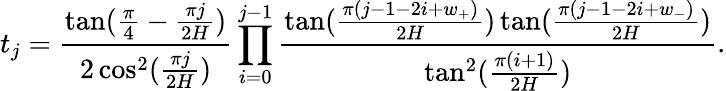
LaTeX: t_{j}=\frac{\tan(\frac{\pi}{4}-\frac{\pi j}{2H})}{2\cos^{2}(\frac{\pi j}{2H})}\prod_{i=0}^{j-1}\frac{\tan(\frac{\pi(j-1-2i+w_{+})}{2H})\tan(\frac{\pi(j-1-2i+w_{-})}{2H})}{\tan^{2}(\frac{\pi(i+1)}{2H})}.